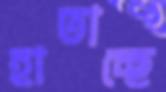
হাতাচ্ছে